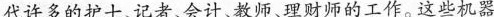
代许多的护士、记者、会计、教师、理财师的工作。这些机器